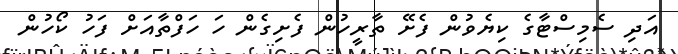
އަދި ސެމިސްޓާގެ ކިޔެވުން ފެށޭ ތާރީހުން ފެށިގެން ހަ ހަފްތާއަށް ފަހު ކޯހުން